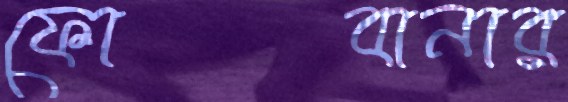
ফোবানার